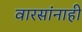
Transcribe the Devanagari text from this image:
वारसांनाही